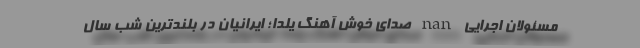
مسئولان اجرایی nan صدای خوش آهنگ یلدا؛ ایرانیان در بلندترین شب سال